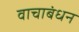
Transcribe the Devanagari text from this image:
वाचाबंधन